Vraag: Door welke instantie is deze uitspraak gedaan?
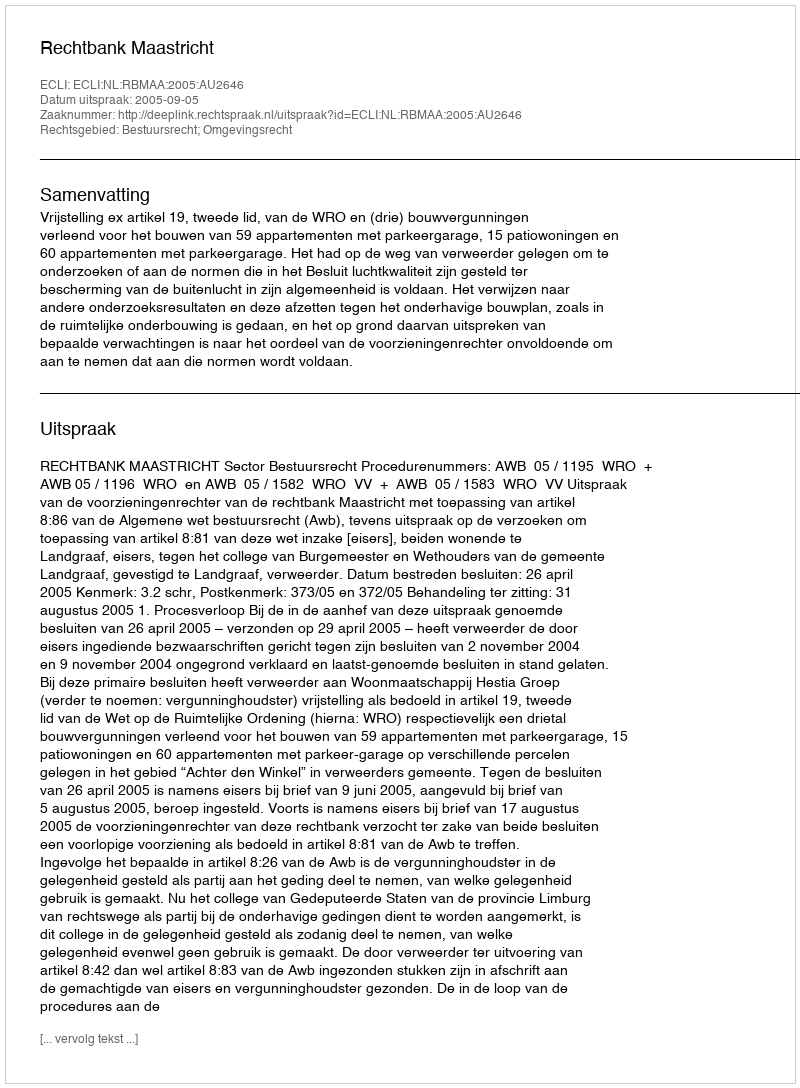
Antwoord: Rechtbank Maastricht